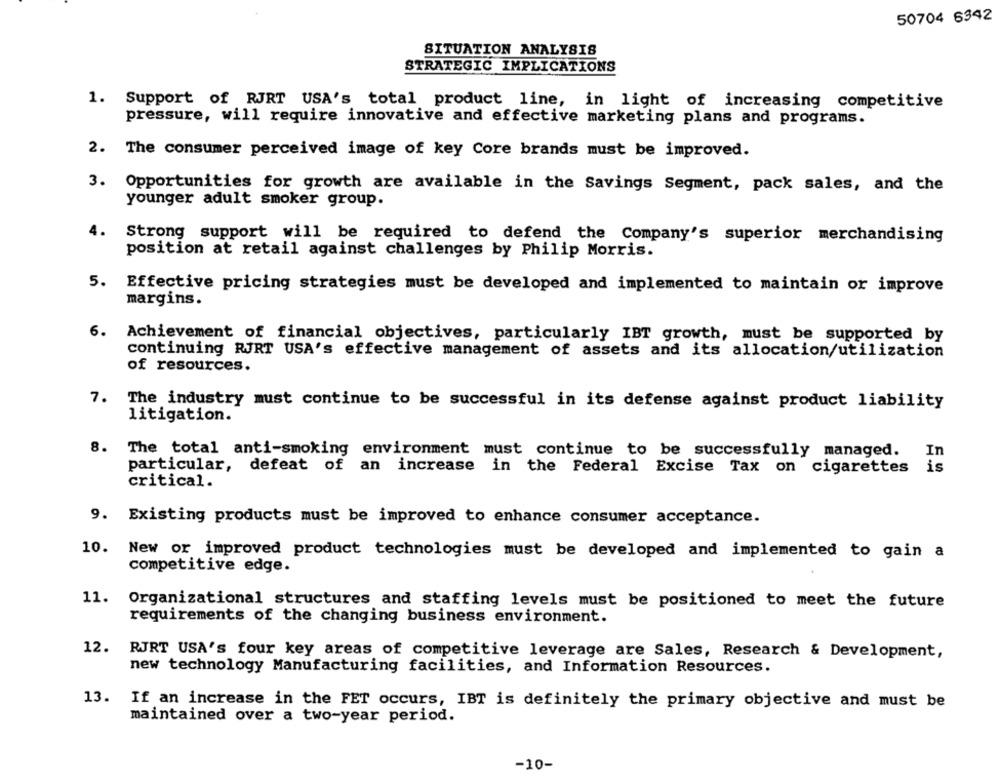
50704 6342
SITUATION ANALYSIS
STRATEGIC IMPLICATIONS
1. Support of RJRT USA's total product line, in light of increasing competitive
pressure, will require innovative and effective marketing plans and programs.
2. The consumer perceived image of key Core brands must be improved.
3. Opportunities for growth are available in the Savings Segment, pack sales, and the
younger adult smoker group.
4.
Strong support will be required to defend the Company's superior merchandising
position at retail against challenges by Philip Morris.
5. Effective pricing strategies must be developed and implemented to maintain or improve
margins.
6. Achievement of financial objectives, particularly IBT growth, must be supported by
continuing RJRT USA's effective management of assets and its allocation/utilization
of resources.
7. The industry must continue to be successful in its defense against product liability
litigation.
8. The total anti-smoking environment must continue to be successfully managed.
particular, defeat of an
increase in the Federal Excise Tax on cigarettes
is
critical.
9. Existing products must be improved to enhance consumer acceptance.
10. New or improved product technologies must be developed and implemented to gain a
competitive edge.
11.
Organizational structures and staffing levels must be positioned to meet the future
requirements of the changing business environment.
12. RJRT USA's four key areas of competitive leverage are Sales, Research & Development,
new technology Manufacturing facilities, and Information Resources.
13.
If an increase in the FET occurs, IBT is definitely the primary objective and must be
maintained over a two-year period.
-10-